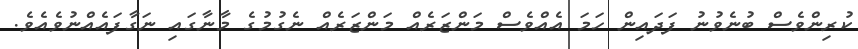
ކުރިންވެސް ބުނެވުނު ފަދައިން ހަމަ އެއްވެސް މަންޒަރެއް މަންޒަރެއް ނެގުމުގެ މާނާގައި ނަގާފައެއްނުވެއެވެ.